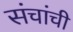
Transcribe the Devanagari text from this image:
संचांची